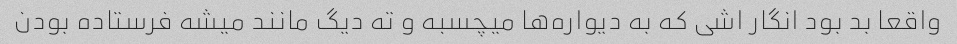
واقعا بد بود انگار اشی که به دیواره‌ها میچسبه و ته دیگ مانند میشه فرستاده بودن